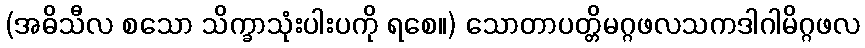
(အဓိသီလ စသော သိက္ခာသုံးပါးပကို ရစေ။) သောတာပတ္တိမဂ္ဂဖလသကဒါဂါမိဂ္ဂဖလ